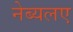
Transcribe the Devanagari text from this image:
नेब्यलए